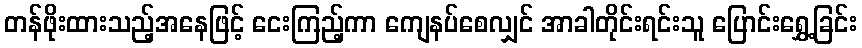
တန်ဖိုးထားသည့်အနေဖြင့် ငေးကြည့်ကာ ကျေနပ်စေလျှင် အာခါတိုင်းရင်းသူ ပြောင်းရွှေ့ခြင်း